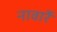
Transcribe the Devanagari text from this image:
नावार्रे